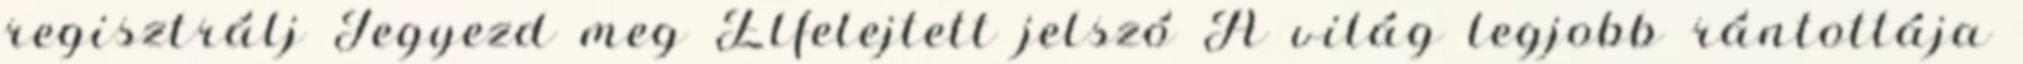
regisztrálj Jegyezd meg Elfelejtett jelszó A világ legjobb rántottája